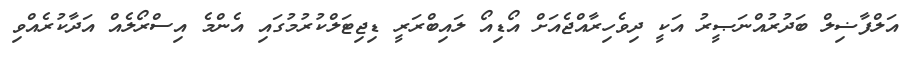
އަލްފާޟިލް ބަދުރުއްނަޞީރު އަކީ ދިވެހިރާއްޖެއަށް އޯޑިއޯ ލައިބްރަރީ ޑިިޖިޓަލްކުރުމުގައި އެންމެ އިސްރޯލެއް އަދާކުރެއްވި